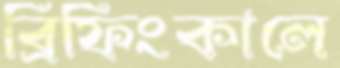
ব্রিফিংকালে